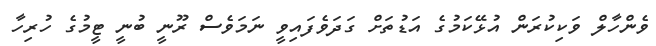
ވެންހާލް ވަކިކުރަން އުޅޭކަމުގެ އަޑުތަށް ގަދަވެފައިވީ ނަމަވެސް ރޫނީ ބުނީ ޓީމުގެ ހުރިހާ